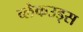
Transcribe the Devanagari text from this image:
ब्लैकउड्स